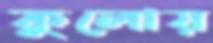
কুলোয়